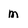
Character: m